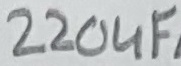
Text: 220uF